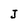
Character: J